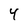
Character: 4